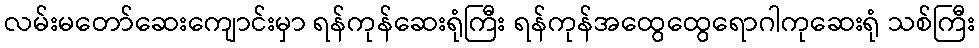
လမ်းမတော်ဆေးကျောင်းမှာ ရန်ကုန်ဆေးရုံကြီး ရန်ကုန်အထွေထွေရောဂါကုဆေးရုံ သစ်ကြီး